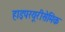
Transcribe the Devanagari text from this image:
हाइपरयूरीसेमिक